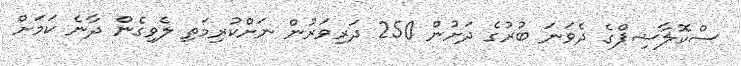
ސްކޮލާޝިޕްގެ ދެވަނަ ބުރުގެ ދަށުން 250 ދަރިވަރުން ނަށްކުރިމަތި ލެވިގެން ދާނެ ކަމަށް